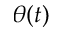
\theta ( t )